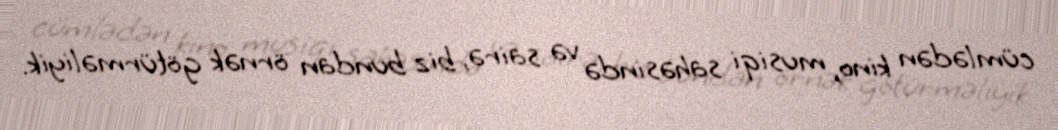
cümlədən kino, musiqi sahəsində və sairə, biz bundan örnək götürməliyik.